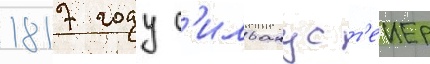
1817 году с'илванус т'еиер